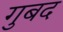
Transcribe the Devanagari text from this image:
गुबद